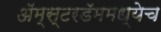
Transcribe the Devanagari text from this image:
अॅम्स्टरडॅममध्येच